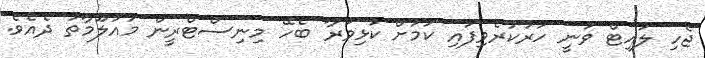
ޖެހި ލައިޓް ވަނީ ހަރުކުރެވިފައި ކަމަށް ކުޅިވަރާ ބެހޭ މިނިސްޓްރީން މައުލޫމާތު ދެއެވެ.